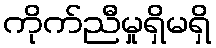
ကိုက်ညီမှုရှိမရှိ